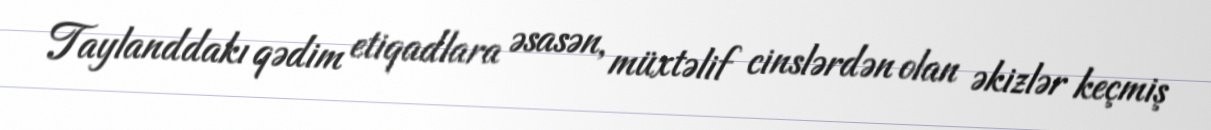
Taylanddakı qədim etiqadlara əsasən, müxtəlif cinslərdən olan əkizlər keçmiş